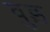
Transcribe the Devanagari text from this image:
वुड़